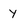
Character: y